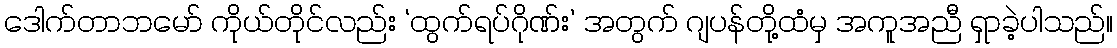
ဒေါက်တာဘမော် ကိုယ်တိုင်လည်း ‘ထွက်ရပ်ဂိုဏ်း’ အတွက် ဂျပန်တို့ထံမှ အကူအညီ ရှာခဲ့ပါသည်။